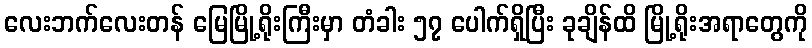
လေးဘက်လေးတန် မြေမြို့ရိုးကြီးမှာ တံခါး ၅၇ ပေါက်ရှိပြီး ခုချိန်ထိ မြို့ရိုးအရာတွေကို